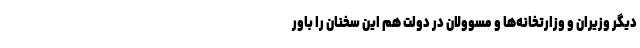
دیگر وزیران و وزارتخانه‌ها و مسوولان در دولت هم این سخنان را باور